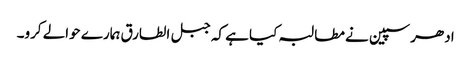
ادھر سپین نے مطالبہ کیا ہے کہ جبل الطارق ہمارے حوالے کرو۔